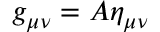
g _ { \mu \nu } = A \eta _ { \mu \nu }